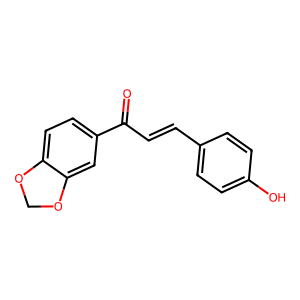
SMILES: O=C(C=Cc1ccc(O)cc1)c1ccc2c(c1)OCO2
Inhibits HIV replication: No